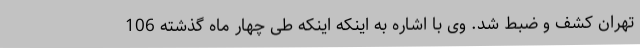
تهران کشف و ضبط شد. وی با اشاره به اینکه اینکه طی چهار ماه گذشته 106